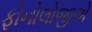
ફોનોલોજીએ